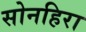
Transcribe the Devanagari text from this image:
सोनहिरा